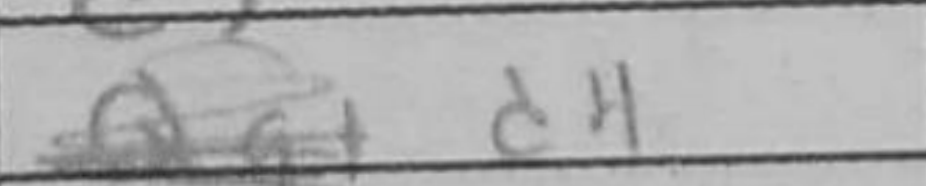
Transcription: d4